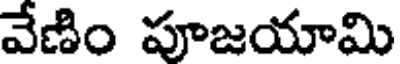
వేణిం పూజయామి